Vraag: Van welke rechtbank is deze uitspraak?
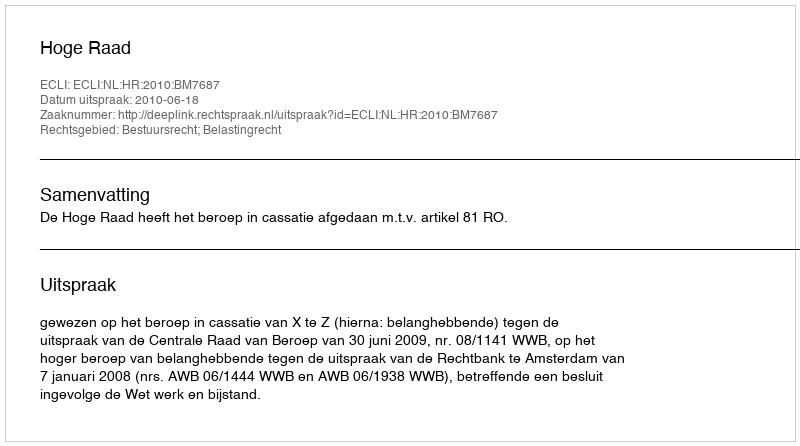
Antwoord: Hoge Raad